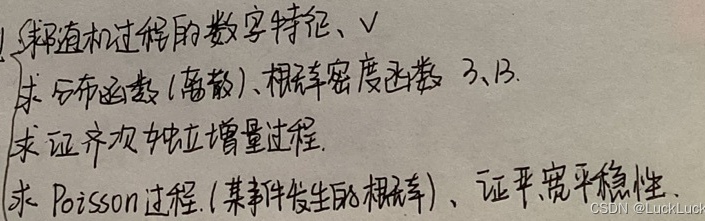
1. 求随机过程的数字特征、$\sqrt{2}$.
2. 求分布函数(离散)、概率密度函数。
3. B.
3. 求证齐次独立增量过程。
4. 求Poisson过程.(某事件发生的概率)、证严宽平稳性。